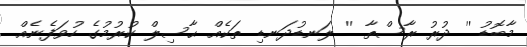
މާބޮޑު '' ދުރު ރާސްތާ '' ލަނޑުދަނޑި ތަކެއް ޙާސިލް ކުރުމުގެ ހުވަފެނެއް